Enquiry on enteric fever in India - Number 32
Disease focus: Fever
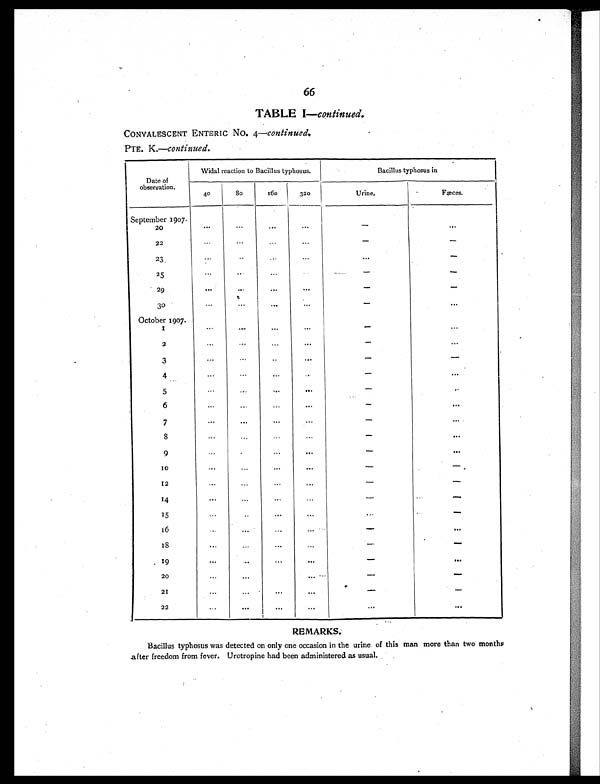
66
TABLE I—continued.
CONVALESCENT ENTERIC No. 4— continued.
PTE. K.—continued.
Date of
observation.
Widal reaction to Bacillus typhosus.
Bacillus typhosus in
40
80
160 320
Urine.
Fæces.
September 1907.
20
. . .
. . .
. . .
. . .
— ...
22
...
...
. . .
. . .
—
—
23
. . .
. .
. . .
. . .
. . .
—
25
. . .
. . .
. . .
. . .
—
—
29
. . .
. . .
. . .
. . .
—
—
30
. . .
...
. . .
. . .
—
. . .
October 1907.
1
...
. . .
. . .
. . .
—
. . .
2
...
...
. . .
. . .
—
. . .
3
...
...
..
. . .
—
—
4
. . .
. . .
. . .
. .
—
. . .
5
. . .
. . .
...
. . .
—
. . .
6
. . .
...
...
...
—
. . .
7
...
...
...
—
...
8
...
...
. . .
...
—
. . .
9
... ...
...
. . .
—
. . .
10
...
. . .
...
. . .
—
—
12
...
...
...
. . .
—
—
14
...
...
...
. . .
—
—
15
. . .
. . .
. . .
. . .
...
—
16
...
. . .
...
...
—
. . .
1 8
. . .
. . .
. . .
. . .
—
—
19
...
. . .
...
. . .
—
. . .
20
...
...
. . .
. . .
—
—
21
...
...
...
. . .
—
—
22
. . .
. . .
. . .
... ...
. . .
REMARKS.
Bacillus typhosus was detected on only one occasion in the urine of this man more than two months
after freedom from fever. Urotropine had been administered as usual.